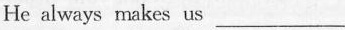
He always makes us ___